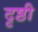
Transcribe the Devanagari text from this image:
दृष्ठी